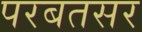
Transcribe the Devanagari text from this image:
परबतसर